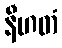
နီဟတံ